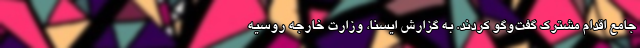
جامع اقدام مشترک گفت‌وگو کردند. به گزارش ایسنا، وزارت خارجه روسیه